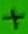
Text: +